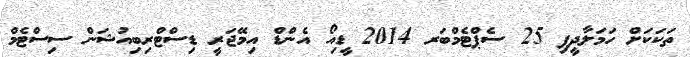
ތަކަކަށް ހަމަލާދީފި 25 ސެޕްޓެމްބަރ 2014 ީޑިއޯ އެންޑް އިމޭޖަރީ ޑިސްޓްރިބިއުޝަން ސިސްޓެމް